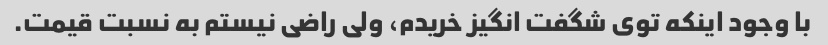
با وجود اینکه توی شگفت انگیز خریدم، ولی راضی نیستم به نسبت قیمت.